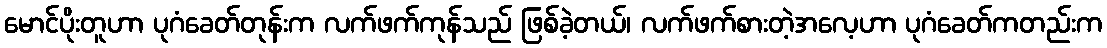
မောင်ပိုးတူဟာ ပုဂံခေတ်တုန်းက လက်ဖက်ကုန်သည် ဖြစ်ခဲ့တယ်၊ လက်ဖက်စားတဲ့အလေ့ဟာ ပုဂံခေတ်ကတည်းက